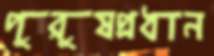
পুরুষপ্রধান